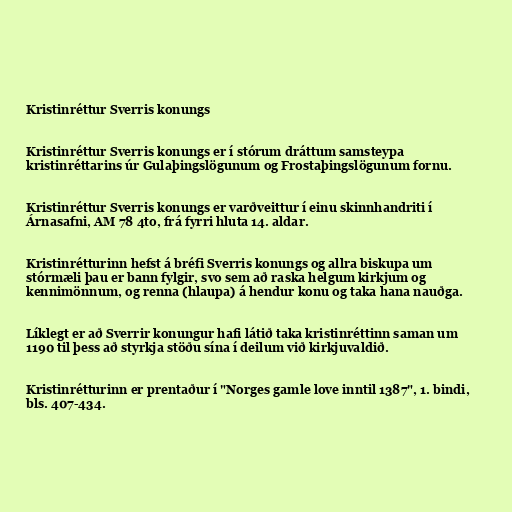
Kristinréttur Sverris konungs

Kristinréttur Sverris konungs er í stórum dráttum samsteypa
kristinréttarins úr Gulaþingslögunum og Frostaþingslögunum fornu.

Kristinréttur Sverris konungs er varðveittur í einu skinnhandriti í
Árnasafni, AM 78 4to, frá fyrri hluta 14. aldar.

Kristinrétturinn hefst á bréfi Sverris konungs og allra biskupa um
stórmæli þau er bann fylgir, svo sem að raska helgum kirkjum og
kennimönnum, og renna (hlaupa) á hendur konu og taka hana nauðga.

Líklegt er að Sverrir konungur hafi látið taka kristinréttinn saman um
1190 til þess að styrkja stöðu sína í deilum við kirkjuvaldið.

Kristinrétturinn er prentaður í "Norges gamle love inntil 1387", 1. bindi,
bls. 407-434.